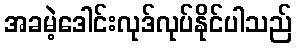
အခမဲ့ဒေါင်းလုဒ်လုပ်နိုင်ပါသည်